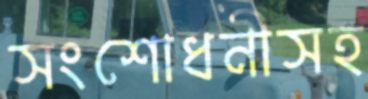
সংশোধনীসহ